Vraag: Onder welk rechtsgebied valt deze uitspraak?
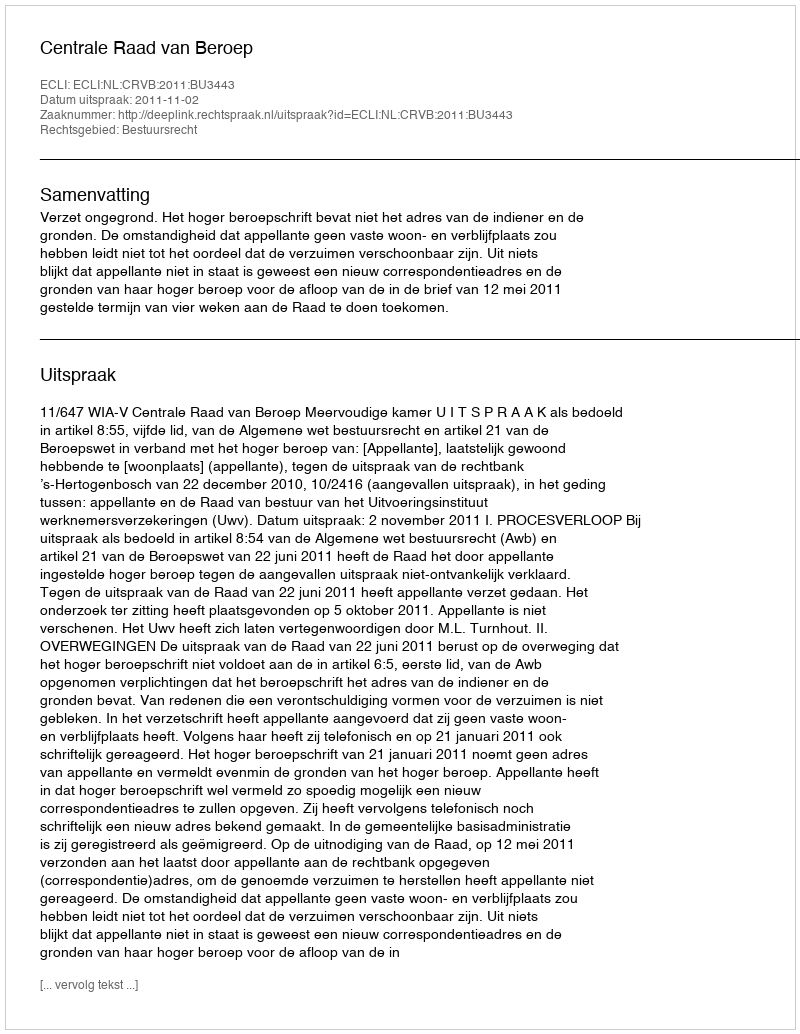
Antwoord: Bestuursrecht